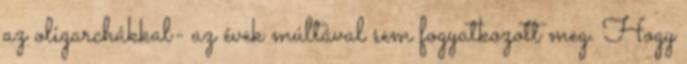
az oligarchákkal- az évek múltával sem fogyatkozott meg. Hogy